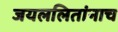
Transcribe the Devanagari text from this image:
जयललितांनाच